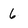
Character: 6